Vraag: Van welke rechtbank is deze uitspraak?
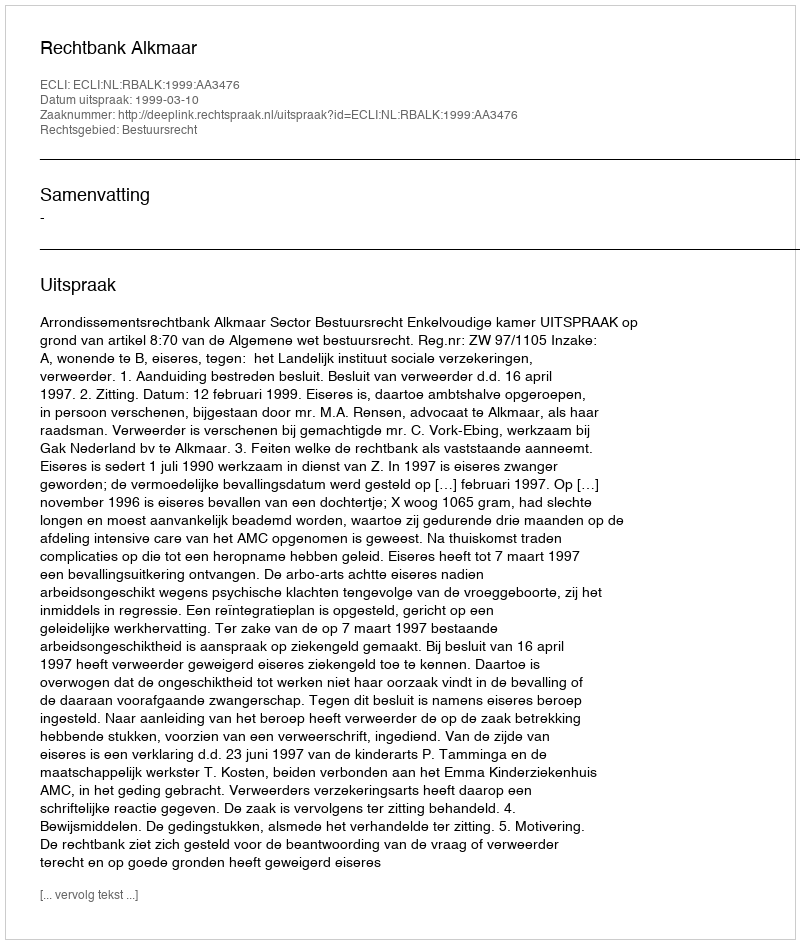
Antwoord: Rechtbank Alkmaar